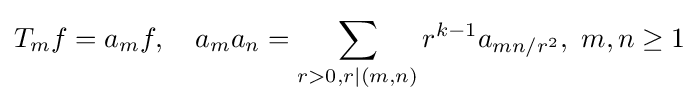
T_{m}f=a_{m}f,\quad a_{m}a_{n}=\sum _{r>0,r|(m,n)}r^{k-1}a_{mn/r^{2}},\ m,n\geq 1